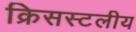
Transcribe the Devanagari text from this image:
क्रिसस्टलीय